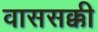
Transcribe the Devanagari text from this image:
वाससक्की